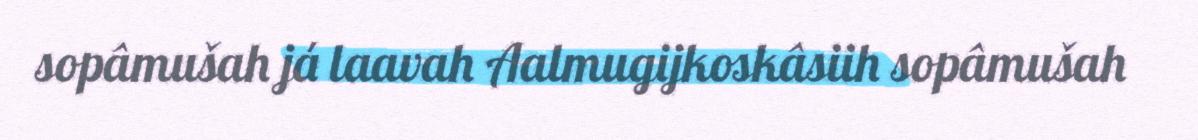
sopâmušah já laavah Aalmugijkoskâsiih sopâmušah